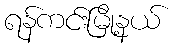
ရန်ကင်းမြို့နယ်